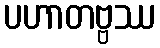
ပဟာတဗ္ဗဿ